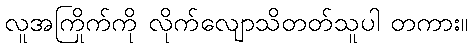
လူအကြိုက်ကို လိုက်လျောသိတတ်သူပါ တကား။